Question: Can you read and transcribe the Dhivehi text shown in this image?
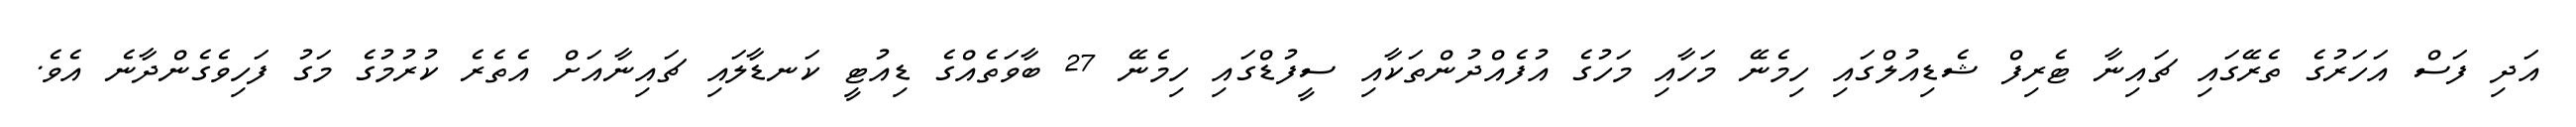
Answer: އަދި ފަސް އަހަރުގެ ތެރޭގައި ޗައިނާ ޓެރިފް ޝެޑިއުލްގައި ހިމެނޭ މަހާއި މަހުގެ އުފެއްދުންތަކާއި ސީފުޑްގައި ހިމެނޭ 27 ބާވަތެއްގެ ޑިއުޓީ ކަނޑާލައި ޗައިނާއަށް އެތެރެ ކުރުމުގެ މަގު ފަހިވެގެންދާނެ އެވެ.